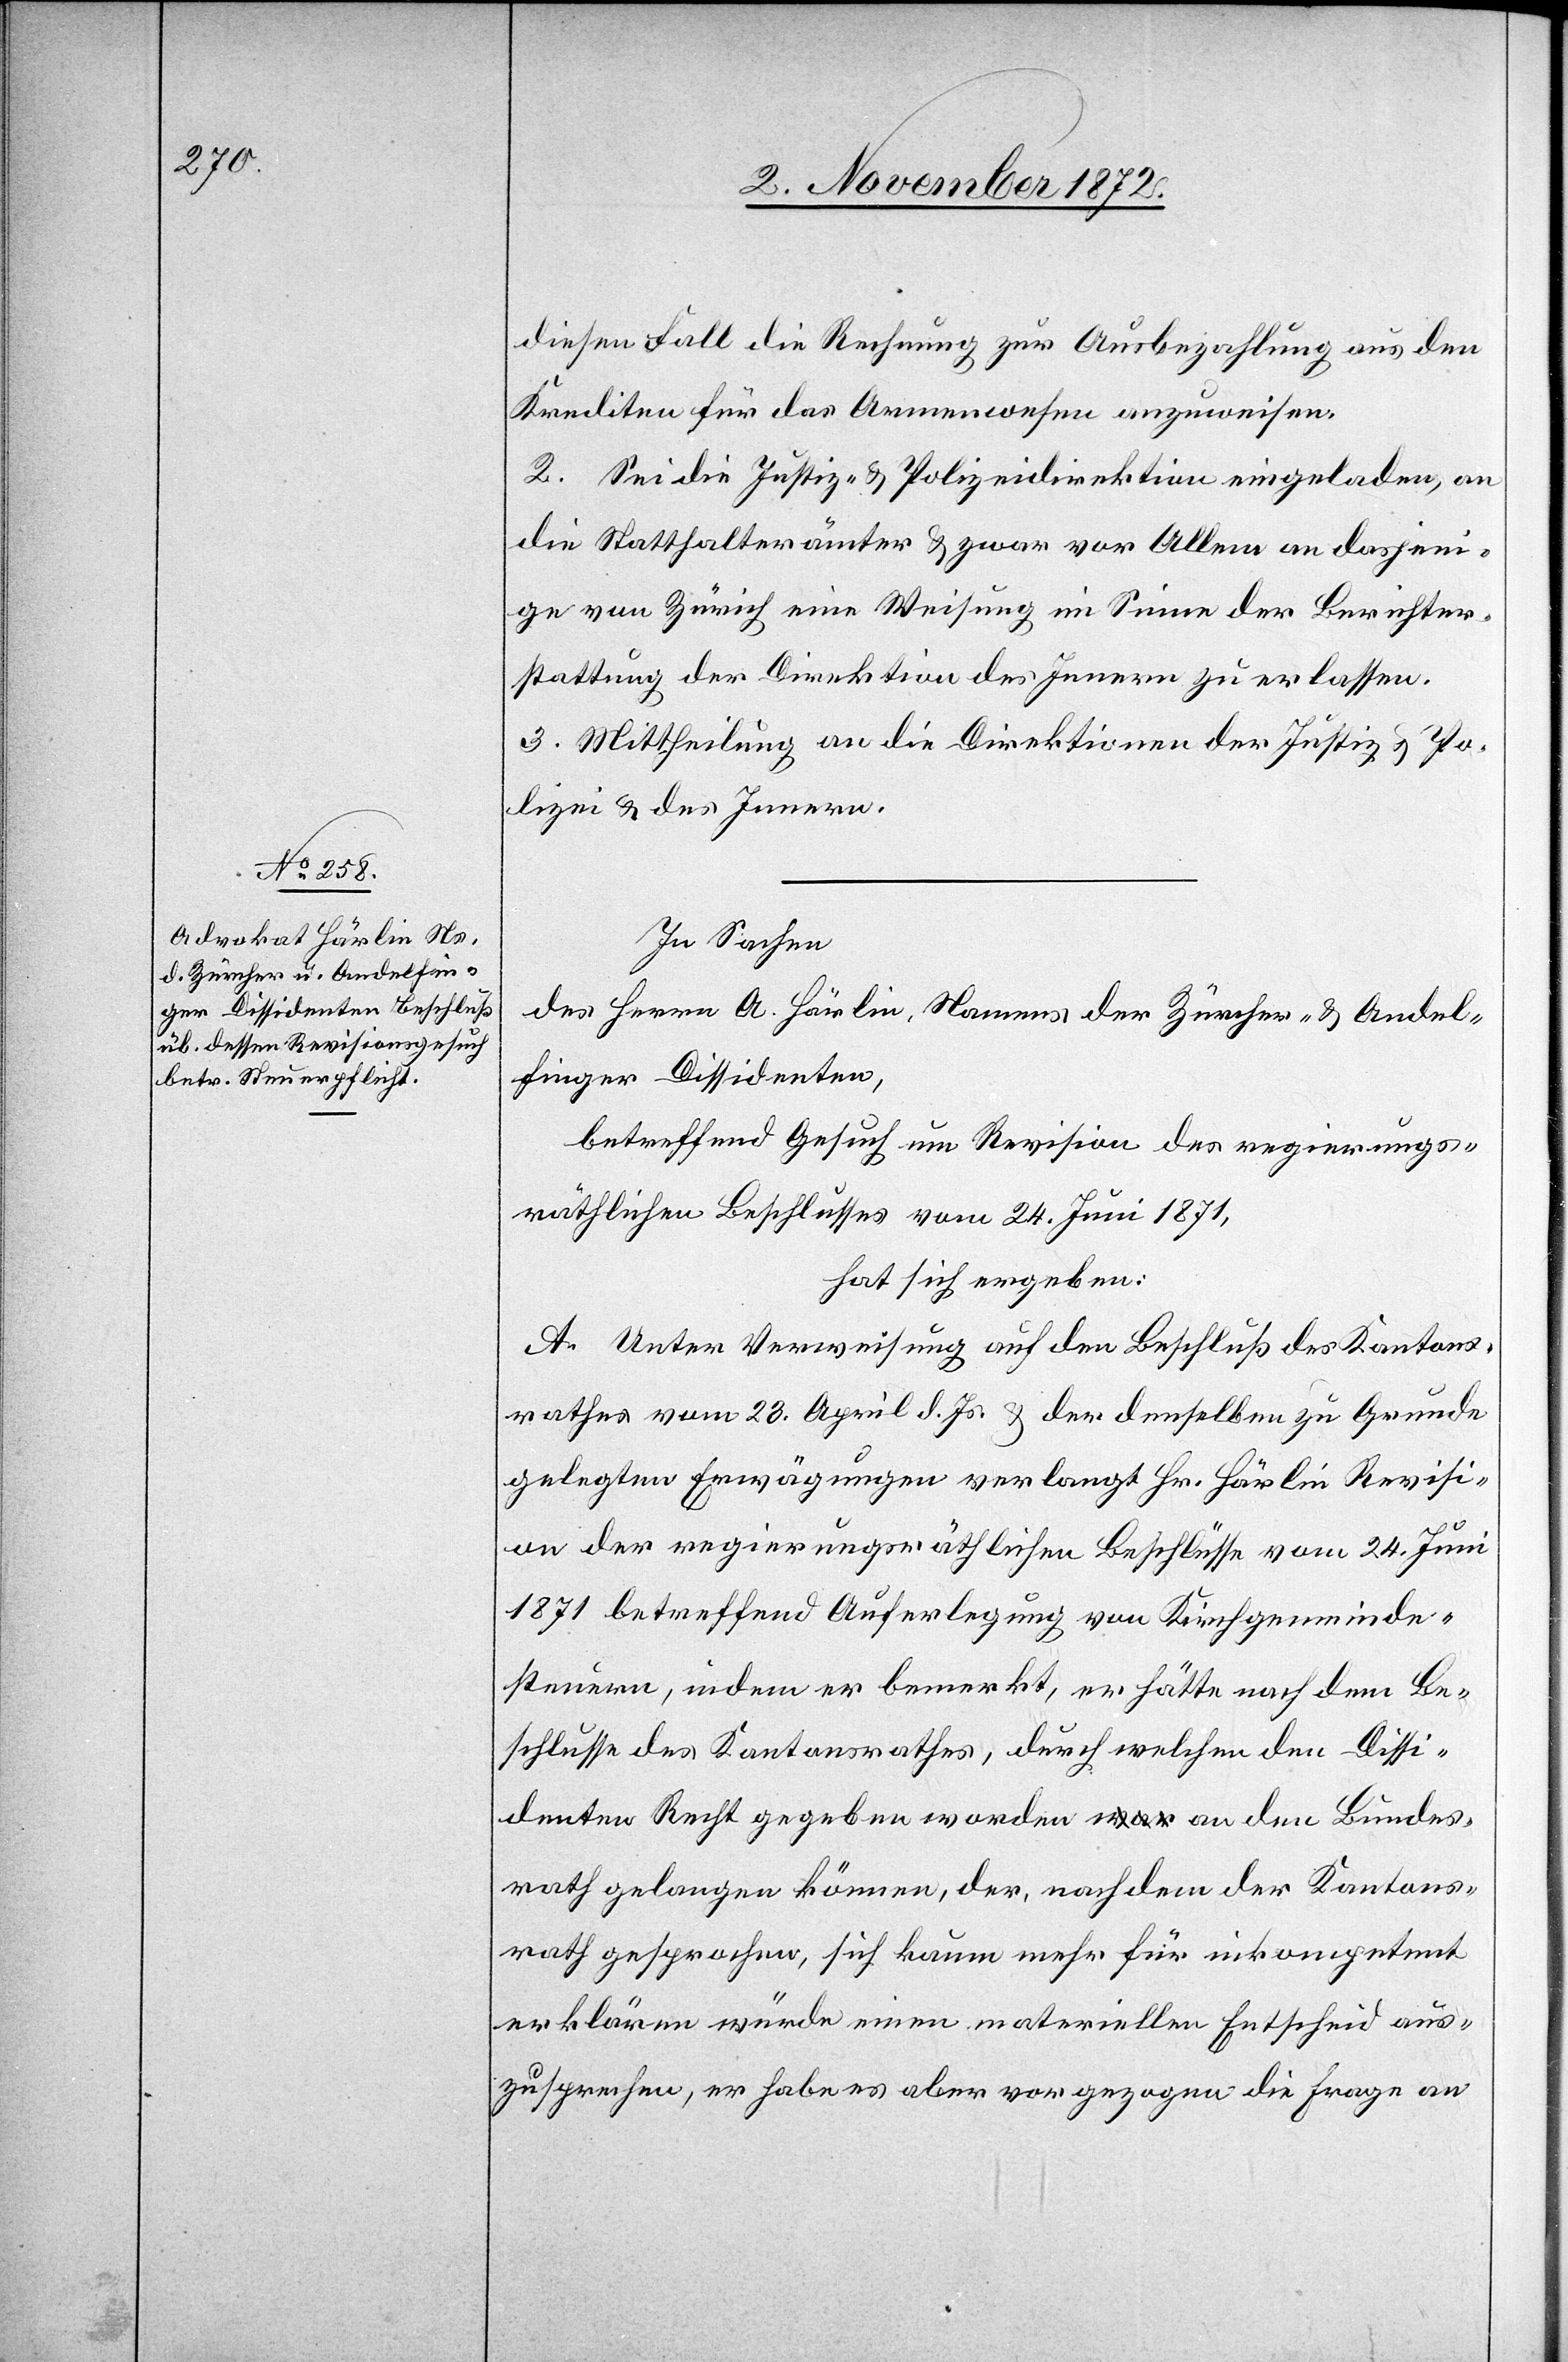
diesen Fall die Rechnung zur Ausbezahlung aus den
Krediten für das Armenwesen anzuweisen.
2. Sei die Justiz- u. Polizeidirektion eingeladen, an
die Statthalterämter u. zwar vor Allem an dasjeni¬
ge von Zürich eine Weisung im Sinne der Berichter¬
stattung der Direktion des Innern zu erlassen.
3. Mittheilung an die Direktionen der Justiz u. Po¬
lizei u. des Innern.